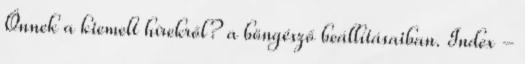
Önnek a kiemelt hírekről? a böngésző beállításaiban. Index -